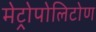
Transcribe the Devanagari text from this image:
मेट्रोपोलिटोण